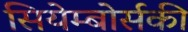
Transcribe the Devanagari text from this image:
सियेम्बोर्सकी